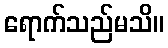
ရောက်သည်မသိ။